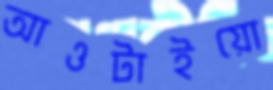
আওটাইয়ো